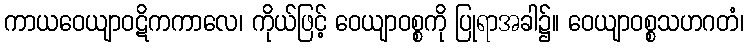
ကာယဝေယျာဝဋိကကာလေ၊ ကိုယ်ဖြင့် ဝေယျာဝစ္စကို ပြုရာအခါ၌။ ဝေယျာဝစ္စသဟဂတံ၊